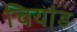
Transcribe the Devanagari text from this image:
चियांड